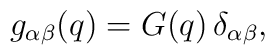
g_{\alpha \beta}(q) = G(q)\, \delta_{\alpha \beta},